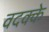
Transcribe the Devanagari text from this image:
वदक्के